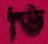
ভি